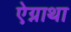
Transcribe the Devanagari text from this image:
ऐग्नाथा